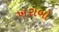
ખરાબો